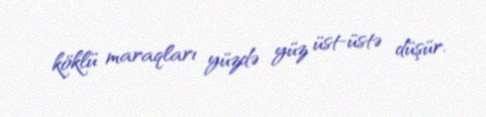
köklü maraqları yüzdə yüz üst-üstə düşür.